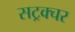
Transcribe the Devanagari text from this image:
सट्रक्चर